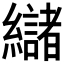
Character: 𮉘